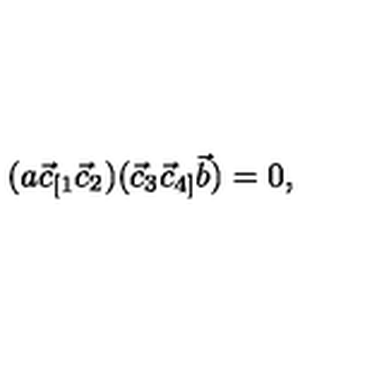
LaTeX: ( a \vec { c } _ { [ 1 } \vec { c } _ { 2 } ) ( \vec { c } _ { 3 } \vec { c } _ { 4 ] } \vec { b } ) = 0 ,